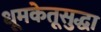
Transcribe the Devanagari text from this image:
धूमकेतूसुद्धा